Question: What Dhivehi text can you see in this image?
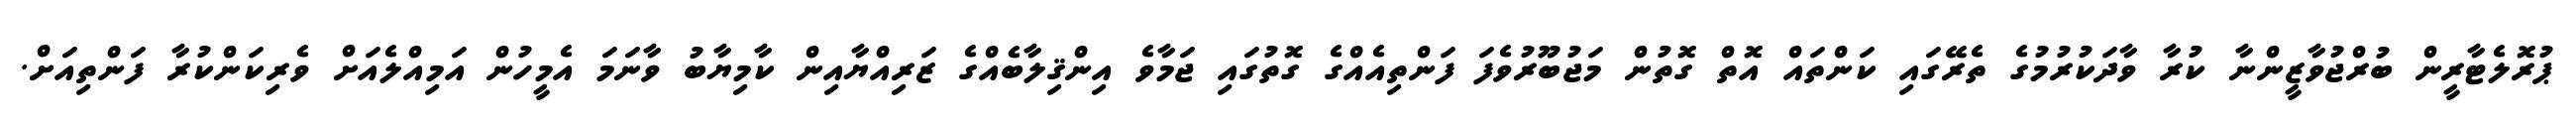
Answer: ޕުރޮލެޓާރީން ބުރްޖުވާޒީންނާ ކުރާ ވާދަކުރުމުގެ ތެރޭގައި ކަންތައް އޮތް ގޮތުން މަޖުބޫރުވެފަ ފަންތިއެއްގެ ގޮތުގައި ޖަމާވެ އިންޤިލާބެއްގެ ޒަރިއްޔާއިން ކާމިޔާބު ވާނަމަ އެމީހުން އަމިއްލެއަށް ވެރިކަންކުރާ ފަންތިއަށް.